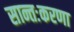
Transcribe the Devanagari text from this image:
सान्तःकरणा